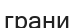
грани